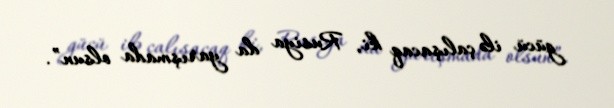
gücü ilə çalışacaq ki, Rusiya da yarışmada olsun”.